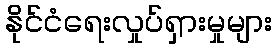
နိုင်ငံရေးလှုပ်ရှားမှုများ